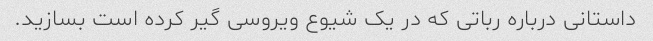
داستانی درباره رباتی که در یک شیوع ویروسی گیر کرده است بسازید.